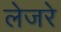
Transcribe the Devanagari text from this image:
लेजरे